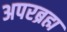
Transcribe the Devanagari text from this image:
अपरब्रह्म